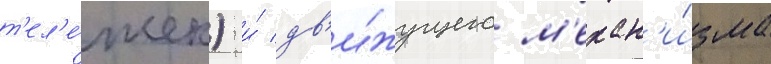
т'ел'е́жек) и́ дв'и́жущего м'ехан'и́зма